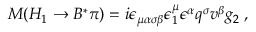
M ( H _ { 1 } \to B ^ { * } \pi ) = i \epsilon _ { \mu \alpha \sigma \beta } \epsilon _ { 1 } ^ { \mu } \epsilon ^ { \alpha } q ^ { \sigma } v ^ { \beta } g _ { 2 } \; ,